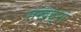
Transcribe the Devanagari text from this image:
मखदूरा